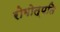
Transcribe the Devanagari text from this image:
रोगोत्पति